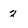
Character: 2